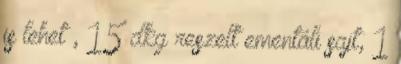
is lehet , 15 dkg reszelt ementáli sajt, 1